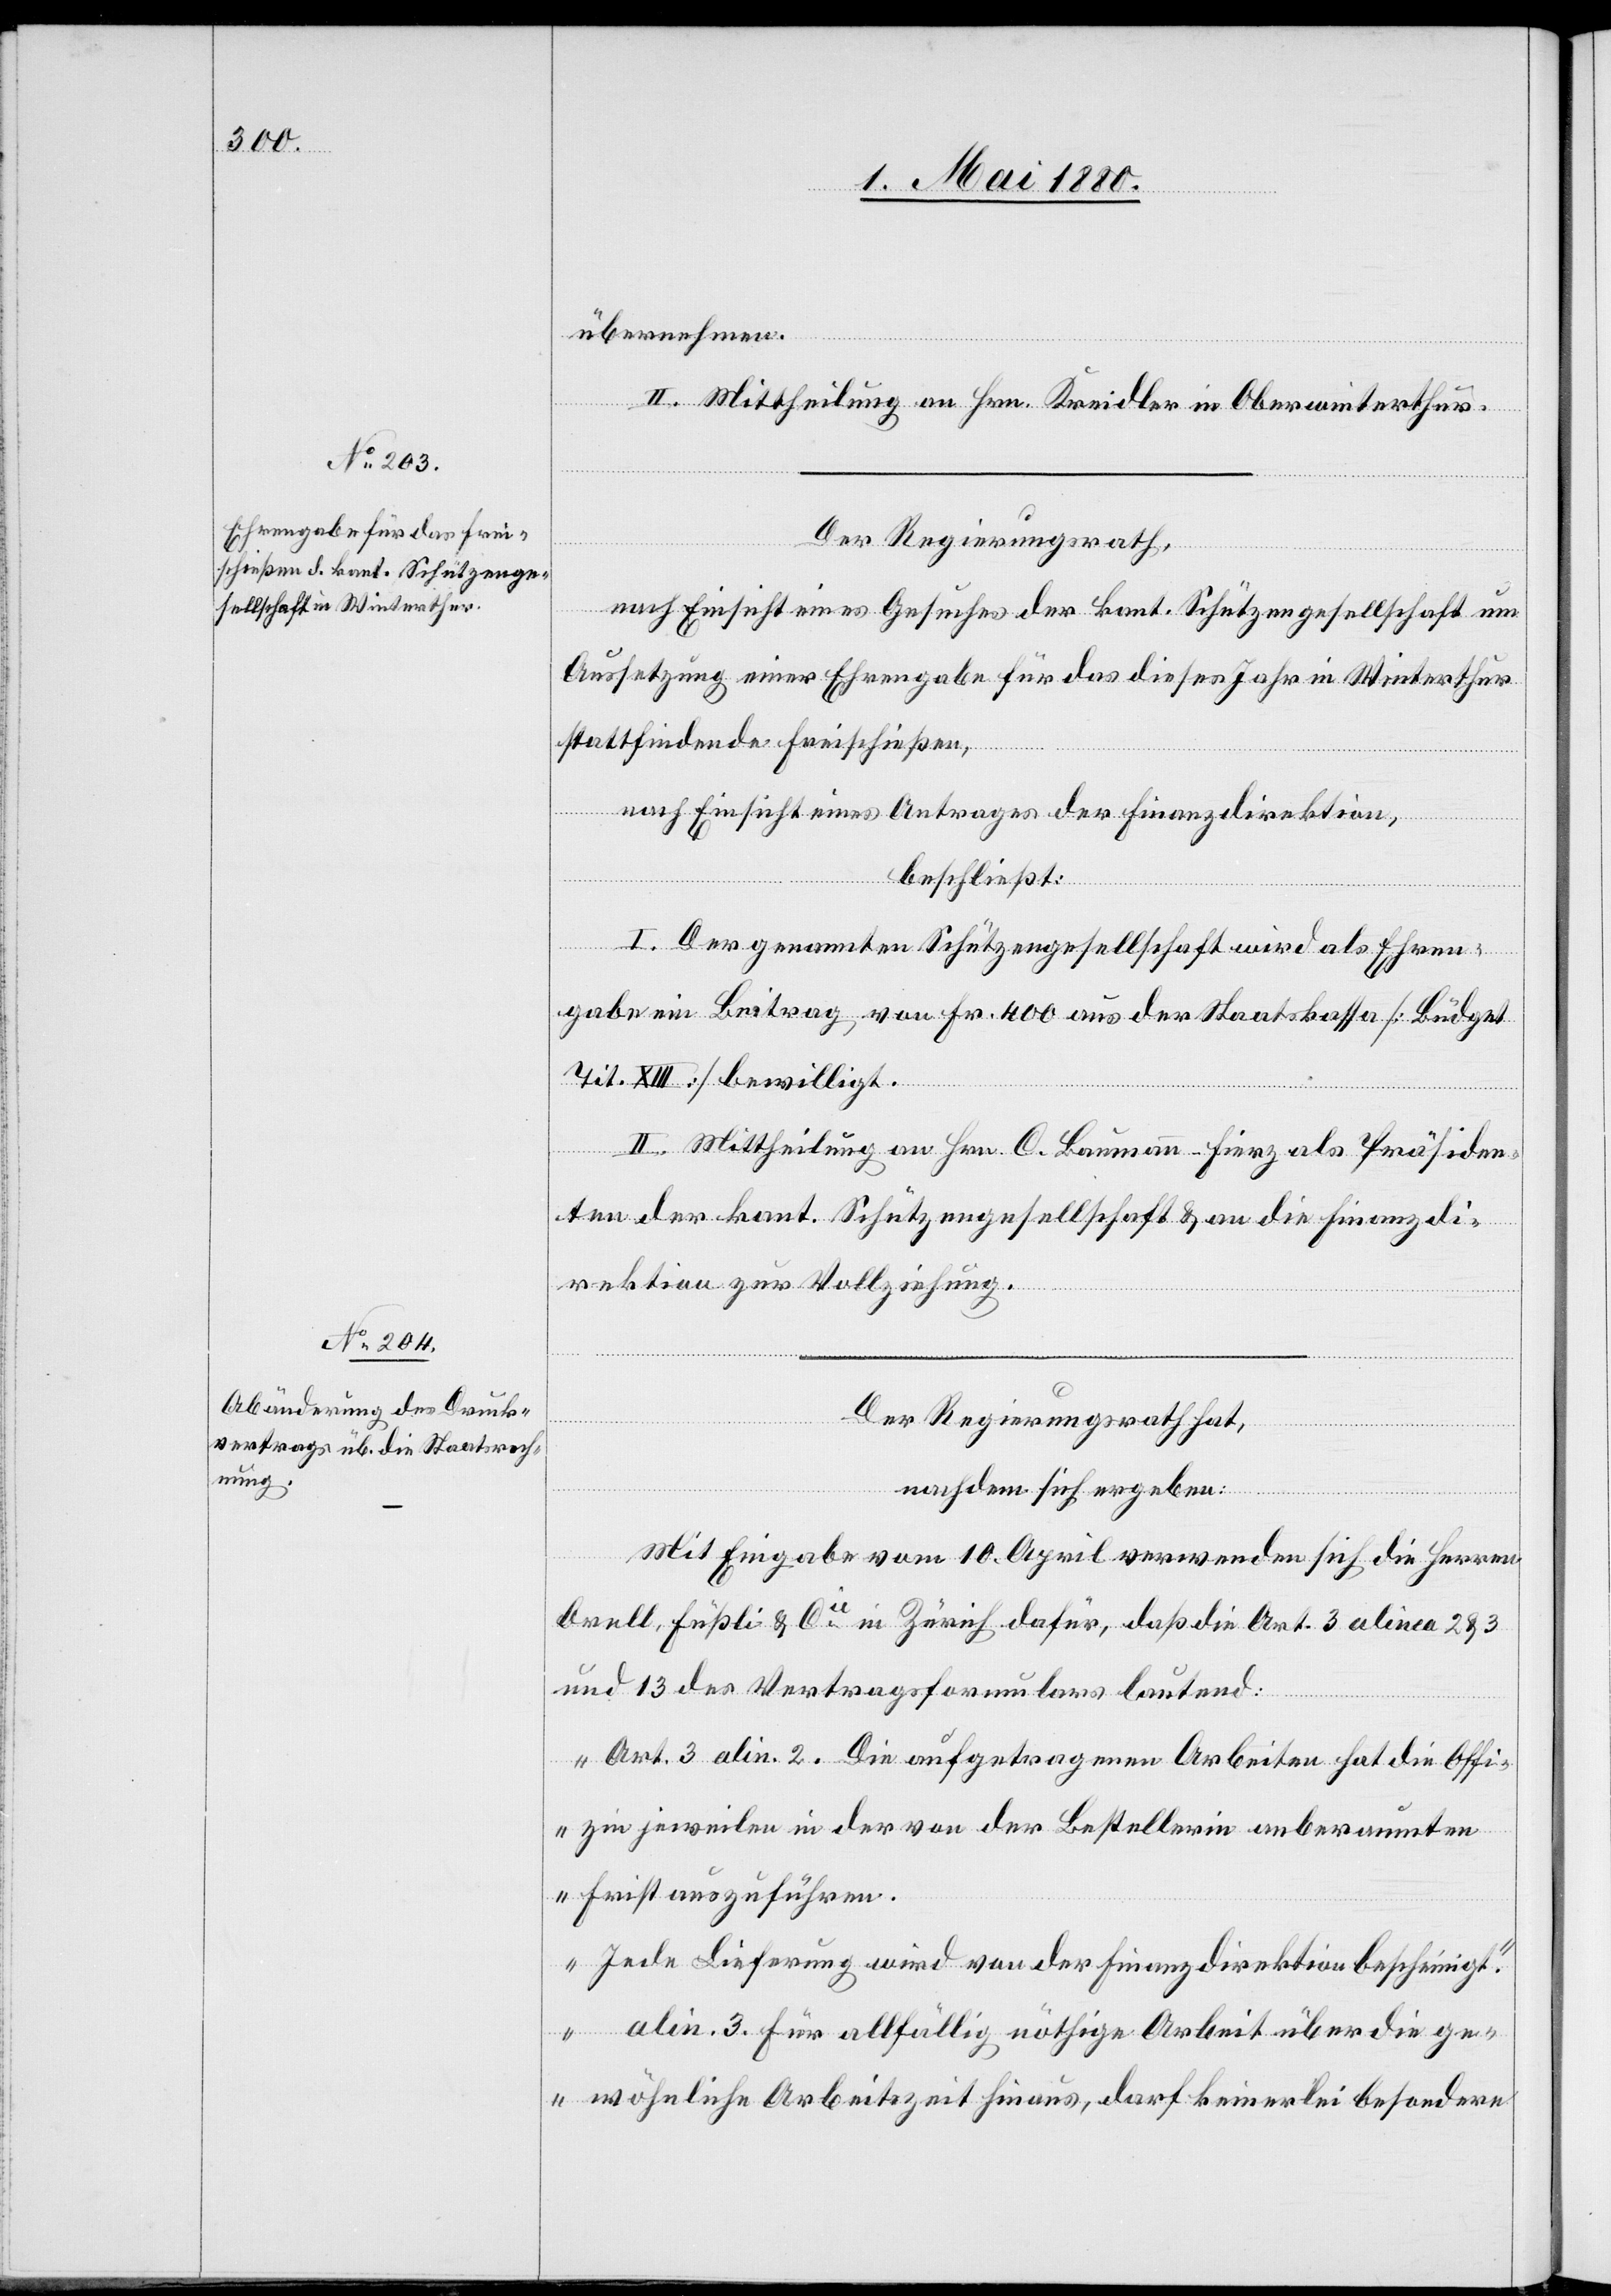
übernehmen.
II. Mittheilung an Hrn. Kreidler in Oberwinterthur.
Der Regierungsrath,
nach Einsicht eines Gesuches der kant. Schützengesellschaft um
Aussetzung einer Ehrengabe für das dieses Jahr in Winterthur
stattfindende Freischießen,
nach Einsicht eines Antrages der Finanzdirektion,
beschließt:
I. Der genannten Schützengesellschaft wird als Ehren¬
gabe ein Beitrag von Fr. 400 aus der Staatskassa [Büdget
Tit. XIII] bewilligt.
II. Mittheilung an Hrn. C. Baumann-Fierz, als Präsiden¬
ten der kant. Schützengesellschaft & an die Finanzdi¬
rektion zur Vollziehung.
Der Regierungsrath hat,
nachdem sich ergeben:
Mit Eingabe vom 10. April verwenden sich die Herren
Orell, Füßli & Cie in Zürich dafür, daß die Art. 3 alinea 2 & 3
und 13 des Vertragsformulars lautend:
„Art. 3 alin. 2. Die aufgetragenen Arbeiten hat die Offi¬
zie jeweilen in der von der Bestellerin anberaumten
Frist auszuführen.
Jede Lieferung wird von der Finanzdirektion bescheinigt.
alin. 3. Für allfällig nöthige Arbeit über die ge¬
wöhnliche Arbeitszeit hinaus, darf keinerlei besondere